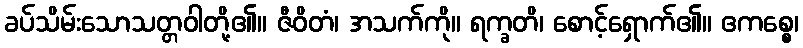
ခပ်သိမ်းသောသတ္တဝါတို့၏။ ဇီဝိတံ၊ အသက်ကို။ ရက္ခတိ၊ စောင့်ရှောက်၏။ ဧကစ္စေ၊